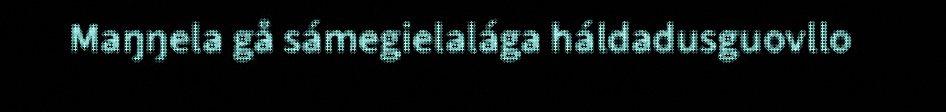
Maŋŋela gå sámegielalága háldadusguovllo